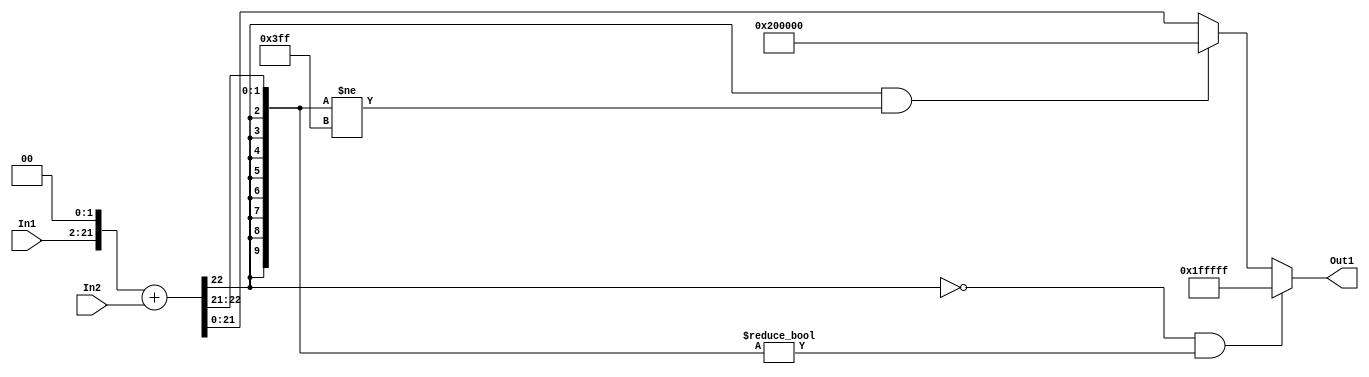
// -------------------------------------------------------------
// 
// 
// Generated by MATLAB 9.14 and HDL Coder 4.1
// 
// -------------------------------------------------------------


// -------------------------------------------------------------
// 
// Module: sumb6_1
// Source Path: FP_sub/fp model/FIR_section_1/sumb6_1
// Hierarchy Level: 2
// 
// -------------------------------------------------------------

`timescale 1 ns / 1 ns

module sumb6_1
          (In2,
           In1,
           Out1);


  input   signed [21:0] In2;  // sfix22_En14
  input   signed [19:0] In1;  // sfix20_En12
  output  signed [21:0] Out1;  // sfix22_En14


  wire signed [31:0] sumb6_add_cast;  // sfix32_En14
  wire signed [31:0] sumb6_add_cast_1;  // sfix32_En14
  wire signed [31:0] sumb6_add_temp;  // sfix32_En14
  wire signed [21:0] sumb6_out1;  // sfix22_En14


  assign sumb6_add_cast = {{10{In1[19]}}, {In1, 2'b00}};
  assign sumb6_add_cast_1 = {{10{In2[21]}}, In2};
  assign sumb6_add_temp = sumb6_add_cast + sumb6_add_cast_1;
  assign sumb6_out1 = ((sumb6_add_temp[31] == 1'b0) && (sumb6_add_temp[30:21] != 10'b0000000000) ? 22'sb0111111111111111111111 :
              ((sumb6_add_temp[31] == 1'b1) && (sumb6_add_temp[30:21] != 10'b1111111111) ? 22'sb1000000000000000000000 :
              $signed(sumb6_add_temp[21:0])));



  assign Out1 = sumb6_out1;

endmodule  // sumb6_1